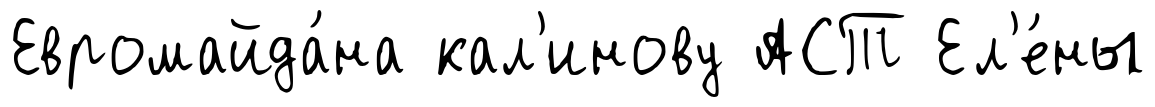
Евромайда́на кал'инову АСТ Ел'е́ны